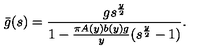
\bar { g } ( s ) = \frac { g s ^ { \frac { y } { 2 } } } { 1 - \frac { \pi A ( y ) b ( y ) g } { y } ( s ^ { \frac { y } { 2 } } - 1 ) } .